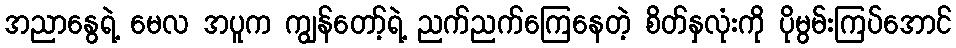
အညာနွေရဲ့ မေလ အပူက ကျွန်တော့်ရဲ့ ညက်ညက်ကြေနေတဲ့ စိတ်နှလုံးကို ပိုမွမ်းကြပ်အောင်